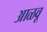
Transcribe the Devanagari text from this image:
आळवू